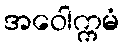
အဝေါက္ကမံ